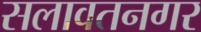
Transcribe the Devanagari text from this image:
सलावतनगर